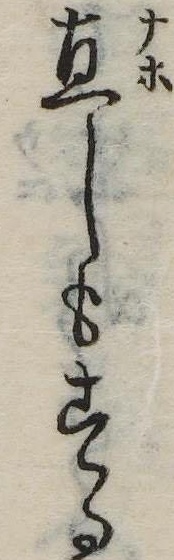
直しもする